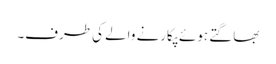
بھاگتے ہوئے پکارنے والے کی طرف۔